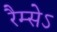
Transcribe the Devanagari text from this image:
रैम्सेऽ